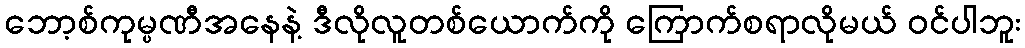
ဘော့စ်ကုမ္ပဏီအနေနဲ့ ဒီလိုလူတစ်ယောက်ကို ကြောက်စရာလိုမယ် ဝင်ပါဘူး